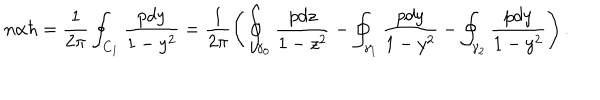
LaTeX: n \alpha \hbar = \frac { 1 } { 2 \pi } \oint _ { C _ { 1 } } \frac { p d y } { 1 - y ^ { 2 } } = \frac { 1 } { 2 \pi } \left( \oint _ { \gamma _ { 0 } } \frac { p d z } { 1 - z ^ { 2 } } - \oint _ { \gamma _ { 1 } } \frac { p d y } { 1 - y ^ { 2 } } - \oint _ { \gamma _ { 2 } } \frac { p d y } { 1 - y ^ { 2 } } \right) .